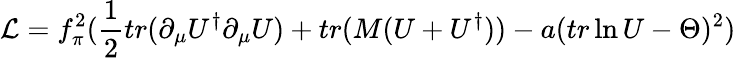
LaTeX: {\cal{L}}=f_{\pi}^{2}(\frac{1}{2}tr(\partial_{\mu}U^{\dagger}\partial_{\mu}U)+tr(M(U+U^{\dagger}))-a(tr\ln U-\Theta)^{2})